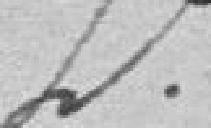
2°